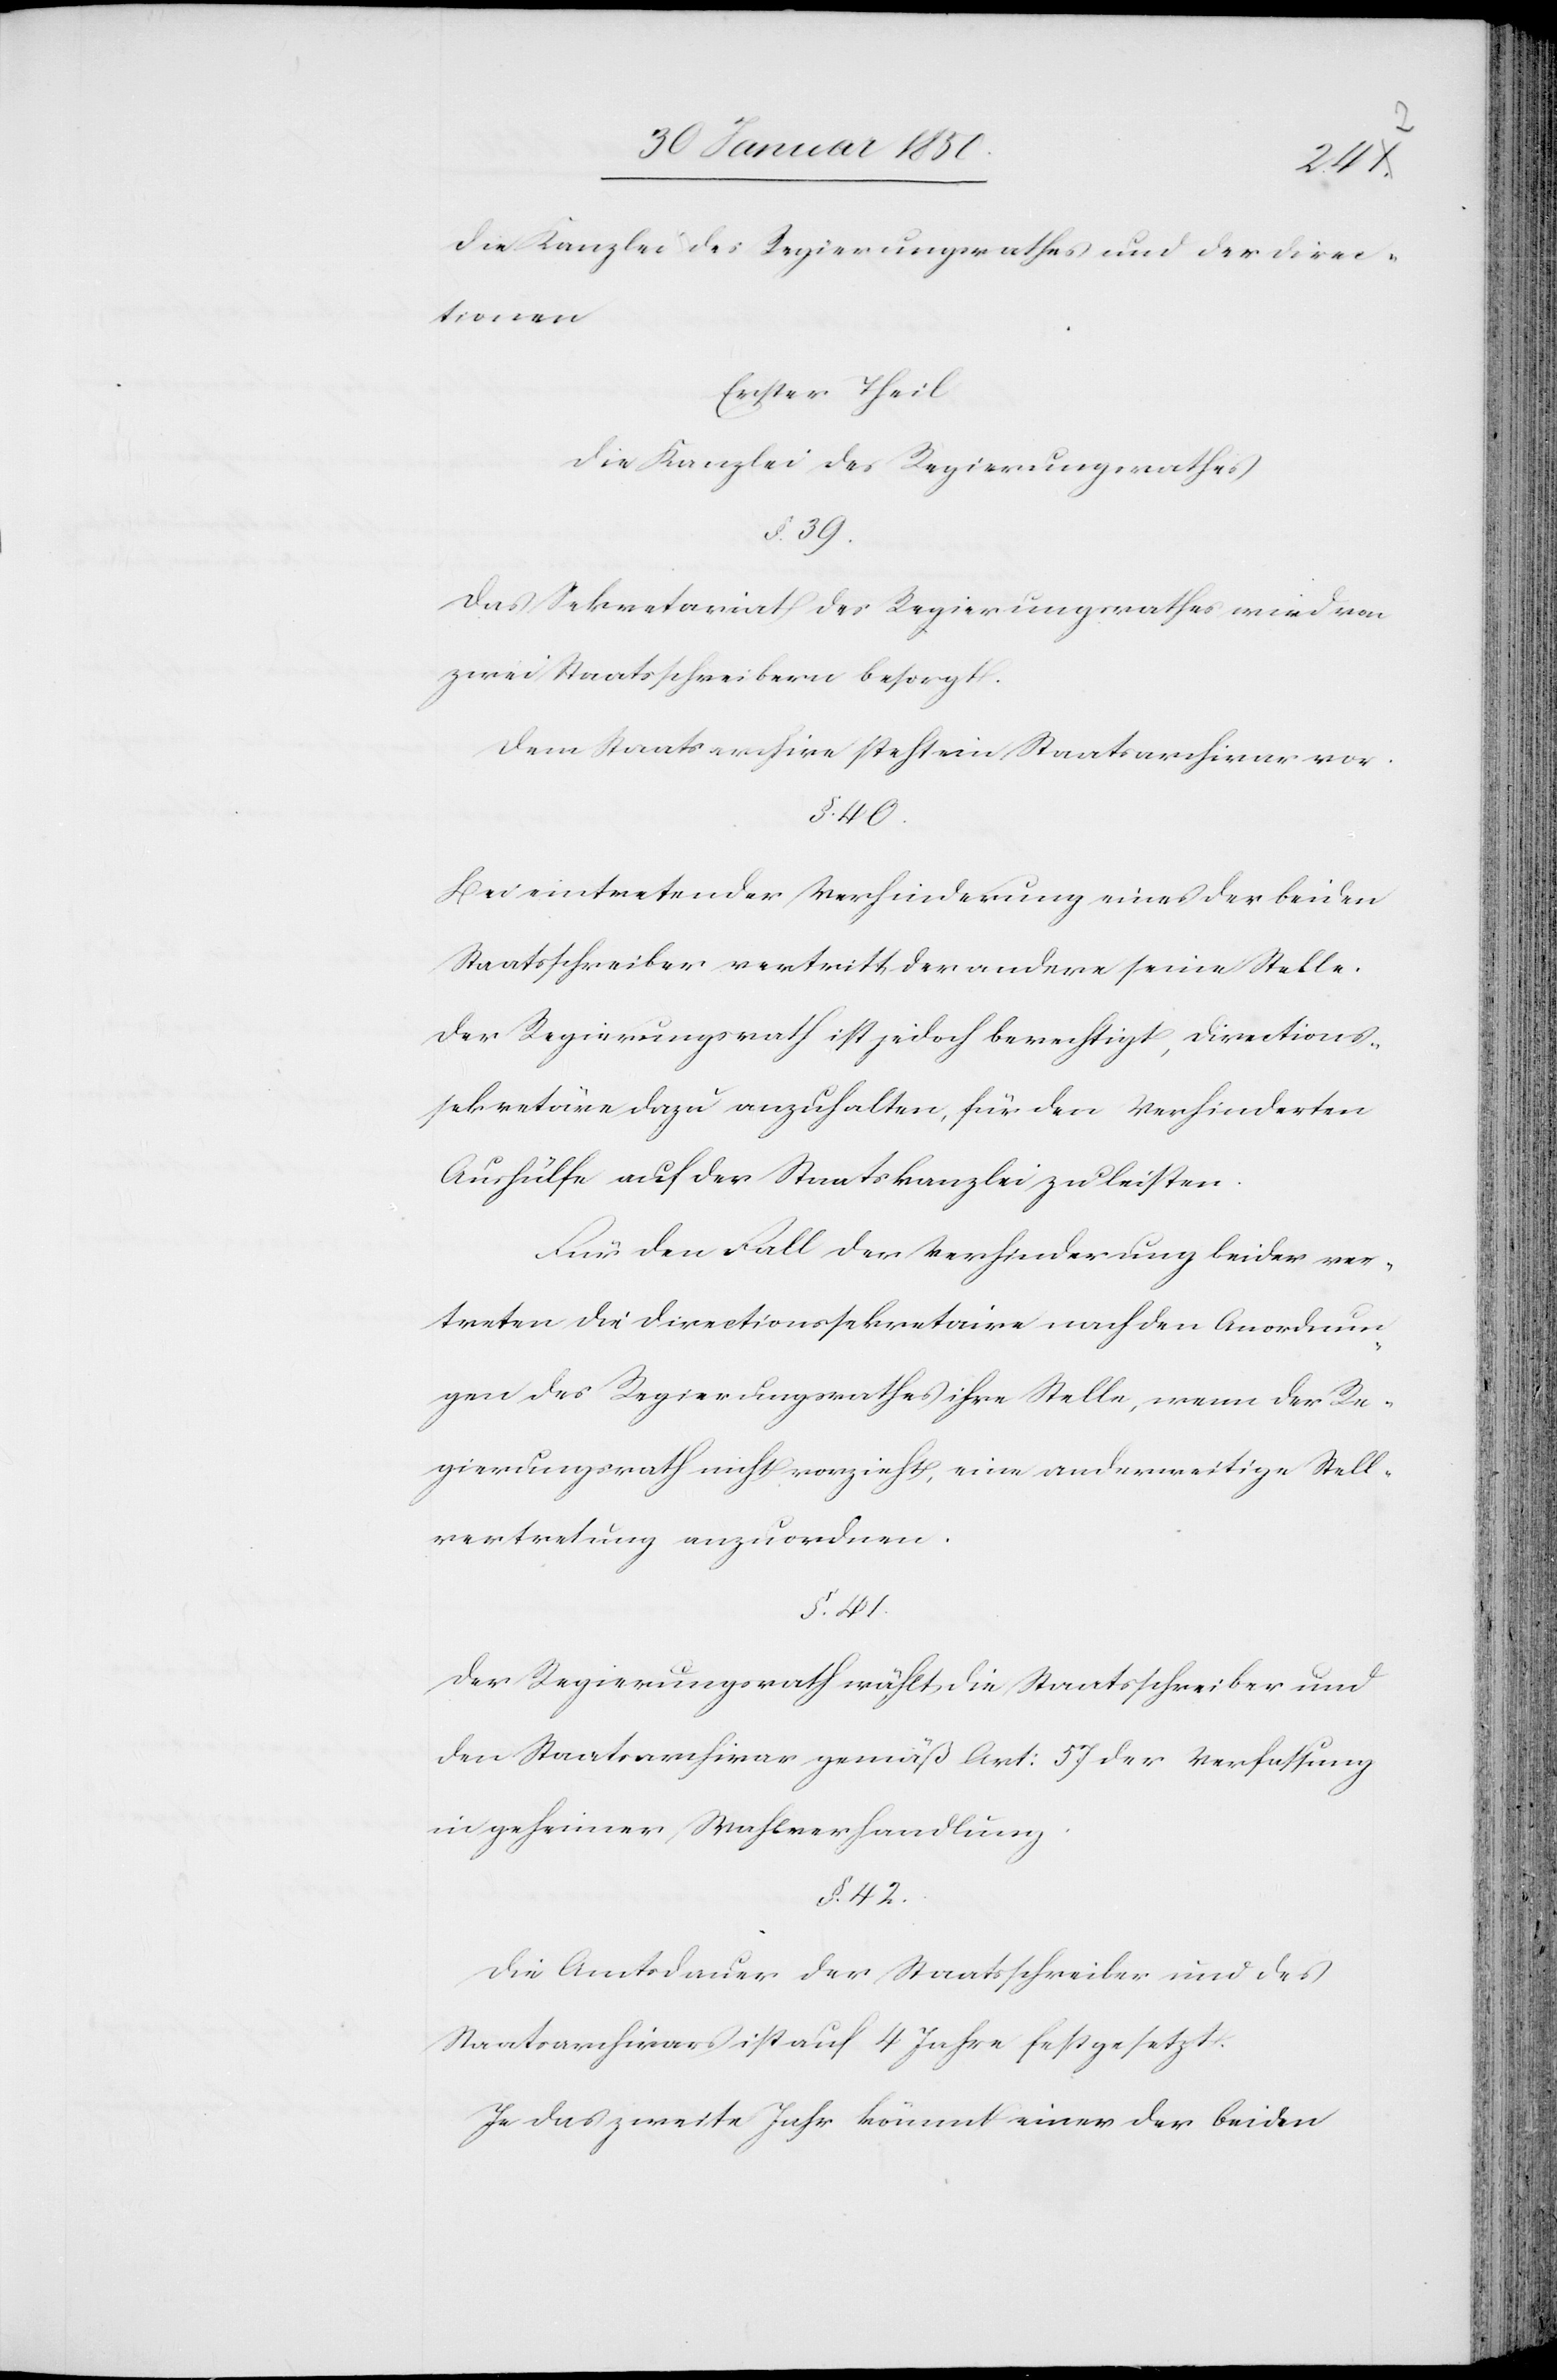
Die Kanzlei des Regierungsrathes und der Direc¬
tionen.
Erster Theil
Die Kanzlei des Regierungsrathes
§. 39.
Das Sekretariat des Regierungsrathes wird von
zwei Staatsschreibern besorgt.
Dem Staatsarchive steht ein Staatsarchivar vor.
§. 40.
Bei eintretender Verhinderung eines der beiden
Staatsschreiber vertritt der andere seine Stelle.
Der Regierungsrath ist jedoch berechtigt, Directions¬
sekretäre dazu anzuhalten, für den Verhinderten
Aushülfe auf der Staatskanzlei zu leisten.
Für den Fall der Verhinderung beider ver¬
treten die Directionssekretaire nach den Anordnun¬
gen des Regierungsrathes ihre Stelle, wenn der Re¬
gierungsrath nicht vorzieht, eine anderweitige Stell¬
vertretung anzuordnen.
§. 41.
Der Regierungsrath wählt die Staatsschreiber und
den Staatsarchivar gemäß Art: 57 der Verfassung
in geheimer Wahlverhandlung.
§. 42.
Die Amtsdauer der Staatsschreiber und des
Staatsarchivars ist auf 4 Jahre festgesetzt.
Je das zweite Jahr kömmt einer der beiden